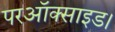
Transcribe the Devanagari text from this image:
परऑक्साइड।